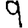
Digit: 9